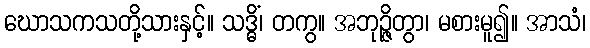
ဃောသကသတို့သားနှင့်။ သဒ္ဓိံ၊ တကွ။ အဘုဉ္ဇိတွာ၊ မစားမူ၍။ အာသံ၊